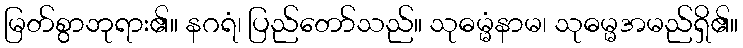
မြတ်စွာဘုရား၏။ နဂရံ၊ ပြည်တော်သည်။ သုဓမ္မံနာမ၊ သုဓမ္မအမည်ရှိ၏။